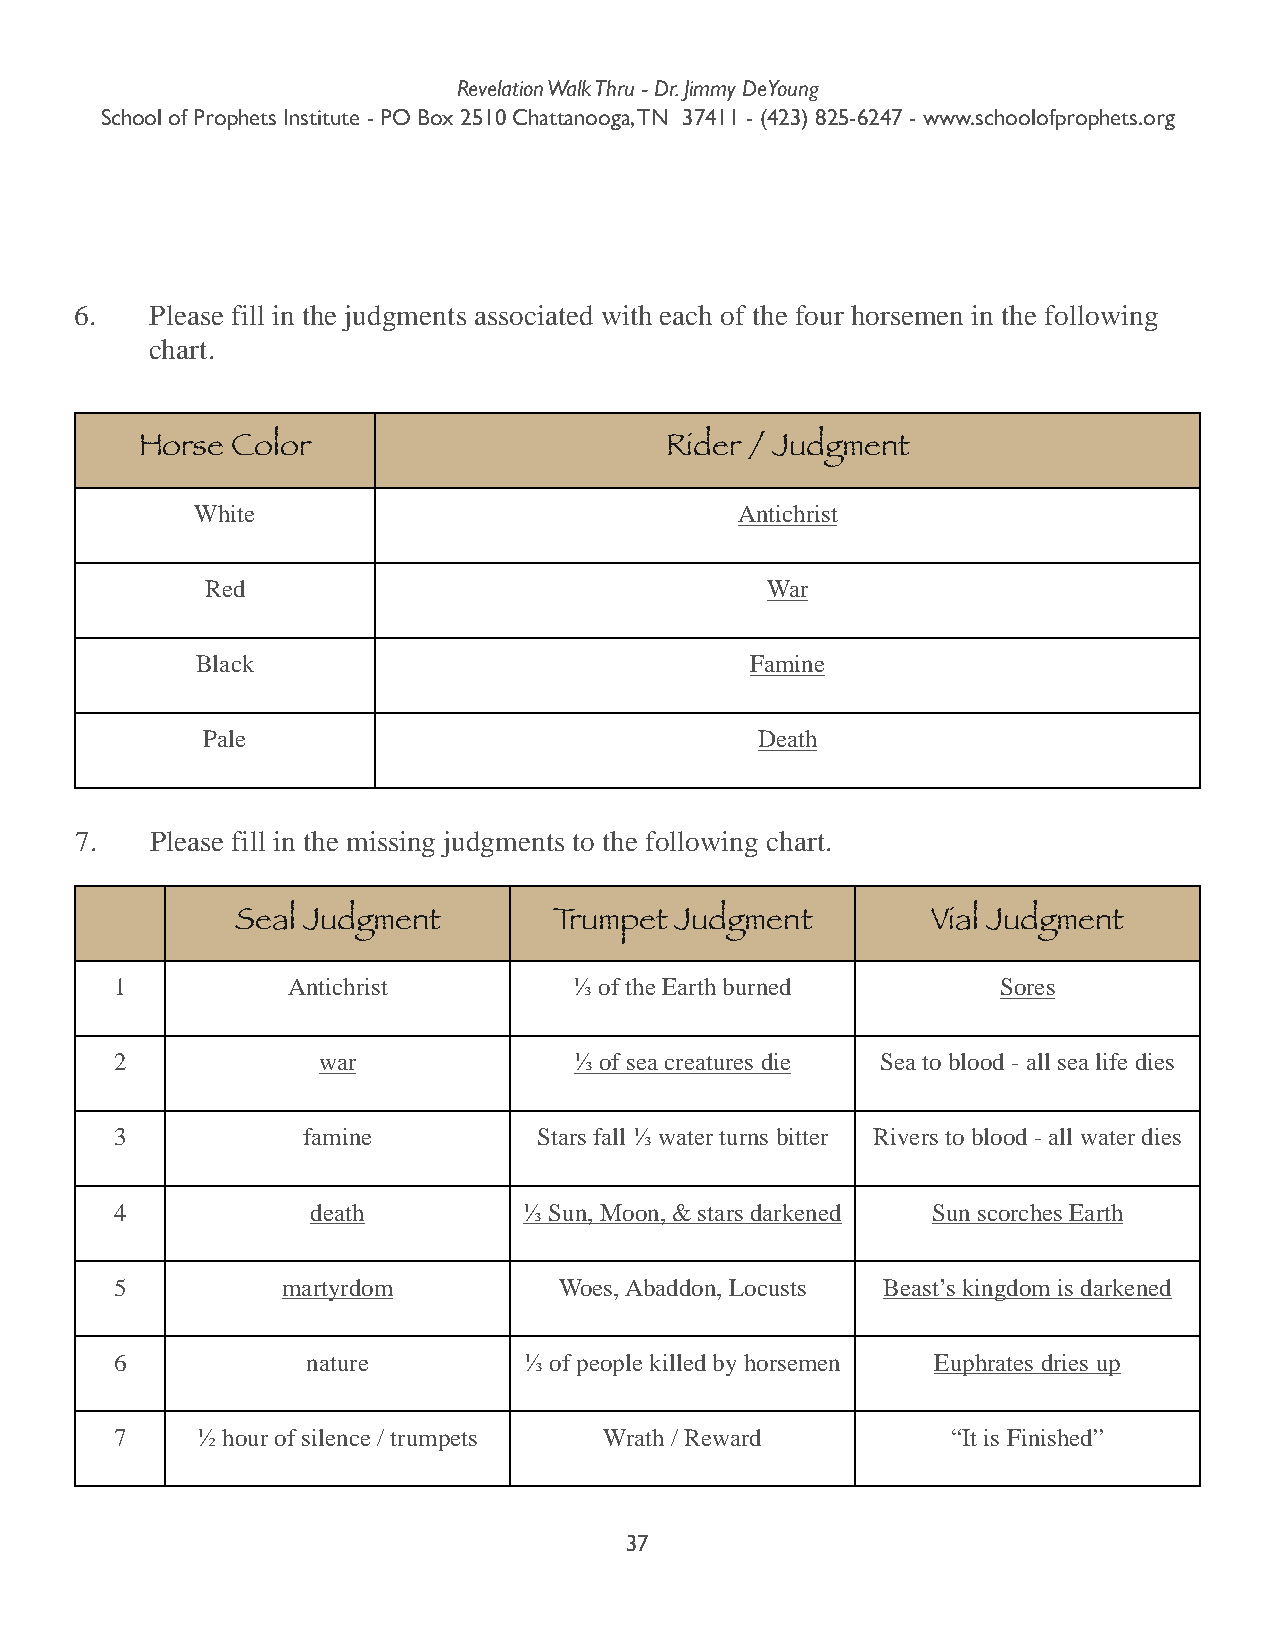
Revelation Walk Thru - Dr. Jimmy DeYoung
 School of Prophets Institute - PO Box 2510 Chattanooga, TN 37411 - (423) 825-6247 - www.schoolofprophets.org
 6.   Please fill in the judgments associated with each of the four horsemen in the following
 chart.
 Horse Color                        Rider / Judgment
 White                               Antichrist
 Red                                  War
 Black                                Famine
 Pale                                 Death
 7.   Please fill in the missing judgments to the following chart.
 Seal Judgment        Trumpet Judgment         Vial Judgment
 1          Antichrist         ⅓ of the Earth burned       Sores
 2            war              ⅓ of sea creatures die Sea to blood - all sea life dies
 3           famine          Stars fall ⅓ water turns bitter Rivers to blood - all water dies
 4            death         ⅓ Sun, Moon, & stars darkened Sun scorches Earth
 5          martyrdom         Woes, Abaddon, Locusts Beast’s kingdom is darkened
 6           nature         ⅓ of people killed by horsemen Euphrates dries up
 7    ½ hour of silence / trumpets Wrath / Reward       “It is Finished”
 37